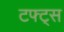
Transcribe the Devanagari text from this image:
टफ्ट्‌स